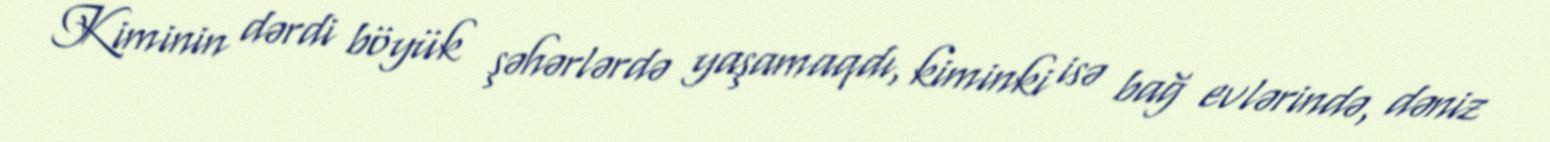
Kiminin dərdi böyük şəhərlərdə yaşamaqdı, kiminki isə bağ evlərində, dəniz